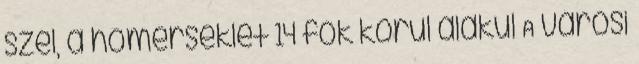
szél, a hőmérséklet 14 fok körül alakul A városi